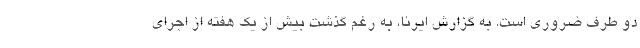
دو طرف ضروری است. به گزارش ایرنا، به رغم گذشت بیش از یک هفته از اجرای